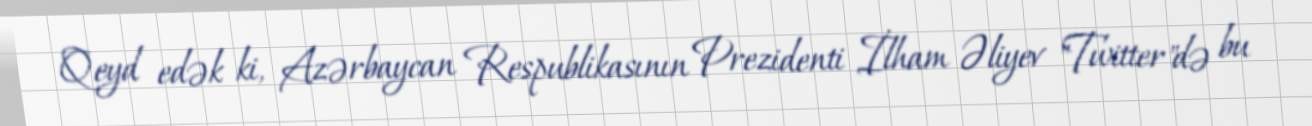
Qeyd edək ki, Azərbaycan Respublikasının Prezidenti İlham Əliyev "Twitter"də bu